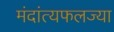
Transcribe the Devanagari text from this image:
मंदांत्यफलज्या